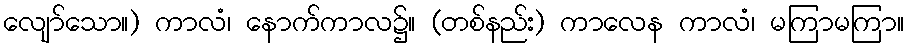
လျော်သော။) ကာလံ၊ နောက်ကာလ၌။ (တစ်နည်း) ကာလေန ကာလံ၊ မကြာမကြာ။